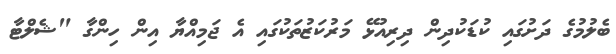
ބެލުމުގެ ދަށުގައި ކުޑަކުދިން ދިރިއުޅޭ މަރުކަޒުތަކުގައި އެ ޖަމިއްޔާ އިން ހިންގާ "ޝެލްޓާ